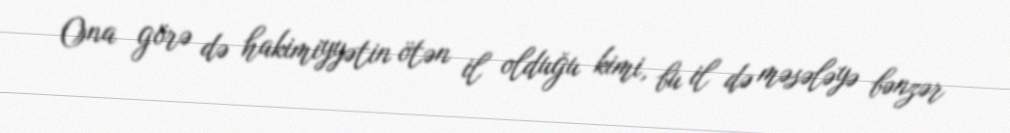
Ona görə də hakimiyyətin ötən il olduğu kimi, bu il də məsələyə bənzər